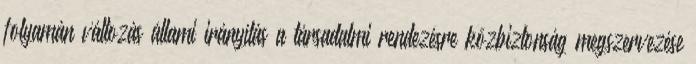
folyamán változás állami irányítás a társadalmi rendezésre közbiztonság megszervezése